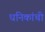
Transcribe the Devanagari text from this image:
धनिकांची